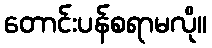
တောင်းပန်စရာမလို။